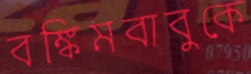
বঙ্কিমবাবুকে